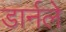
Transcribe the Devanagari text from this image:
डार्नले